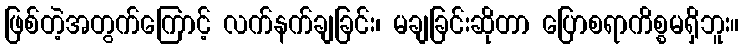
ဖြစ်တဲ့အတွက်ကြောင့် လက်နက်ချခြင်း၊ မချခြင်းဆိုတာ ပြောစရာကိစ္စမရှိဘူး။